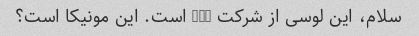
سلام، این لوسی از شرکت abc است. این مونیکا است؟